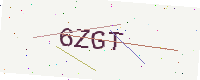
Text: 6ZGT